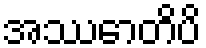
အဿောတိပိ